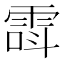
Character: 𲉸